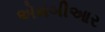
એમબીઆર